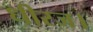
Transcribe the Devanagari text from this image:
धीरज।